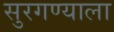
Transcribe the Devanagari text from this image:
सुरगण्याला